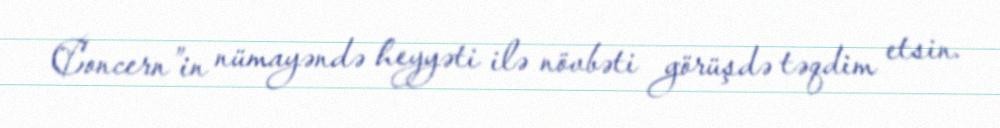
Concern”in nümayəndə heyyəti ilə növbəti görüşdə təqdim etsin.